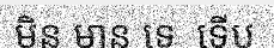
មិន មាន ទេ  ទើប